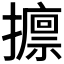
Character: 𱡀